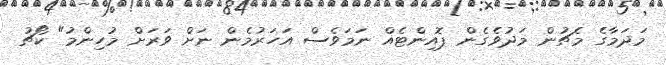
މަދަމާގެ މެޗުން މަދުވެގެން ޕޮއިންޓެއް ނަމަވެސް އަހަރުމެން ނަށް ވަރަށް މުހިންމު" ކޯޗު